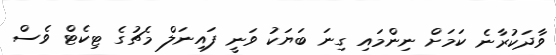
ވާދަކުރާނެ ކަމަށް ނިންމައި ގިނަ ބަޔަކު ވަނީ ފައިނަލް މެޗުގެ ޓިކެޓް ވެސް